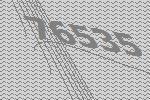
76535